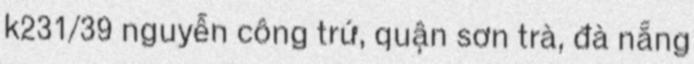
k231/39 nguyễn công trứ, quận sơn trà, đà nẵng